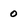
Character: 0